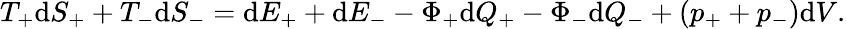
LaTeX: T_{+}\mathrm{d}S_{+}+T_{-}\mathrm{d}S_{-}=\mathrm{d}E_{+}+\mathrm{d}E_{-}-\Phi_{+}\mathrm{d}Q_{+}-\Phi_{-}\mathrm{d}Q_{-}+(p_{+}+p_{-})\mathrm{d}V.